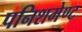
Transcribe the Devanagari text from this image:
पनिशमेण्ट